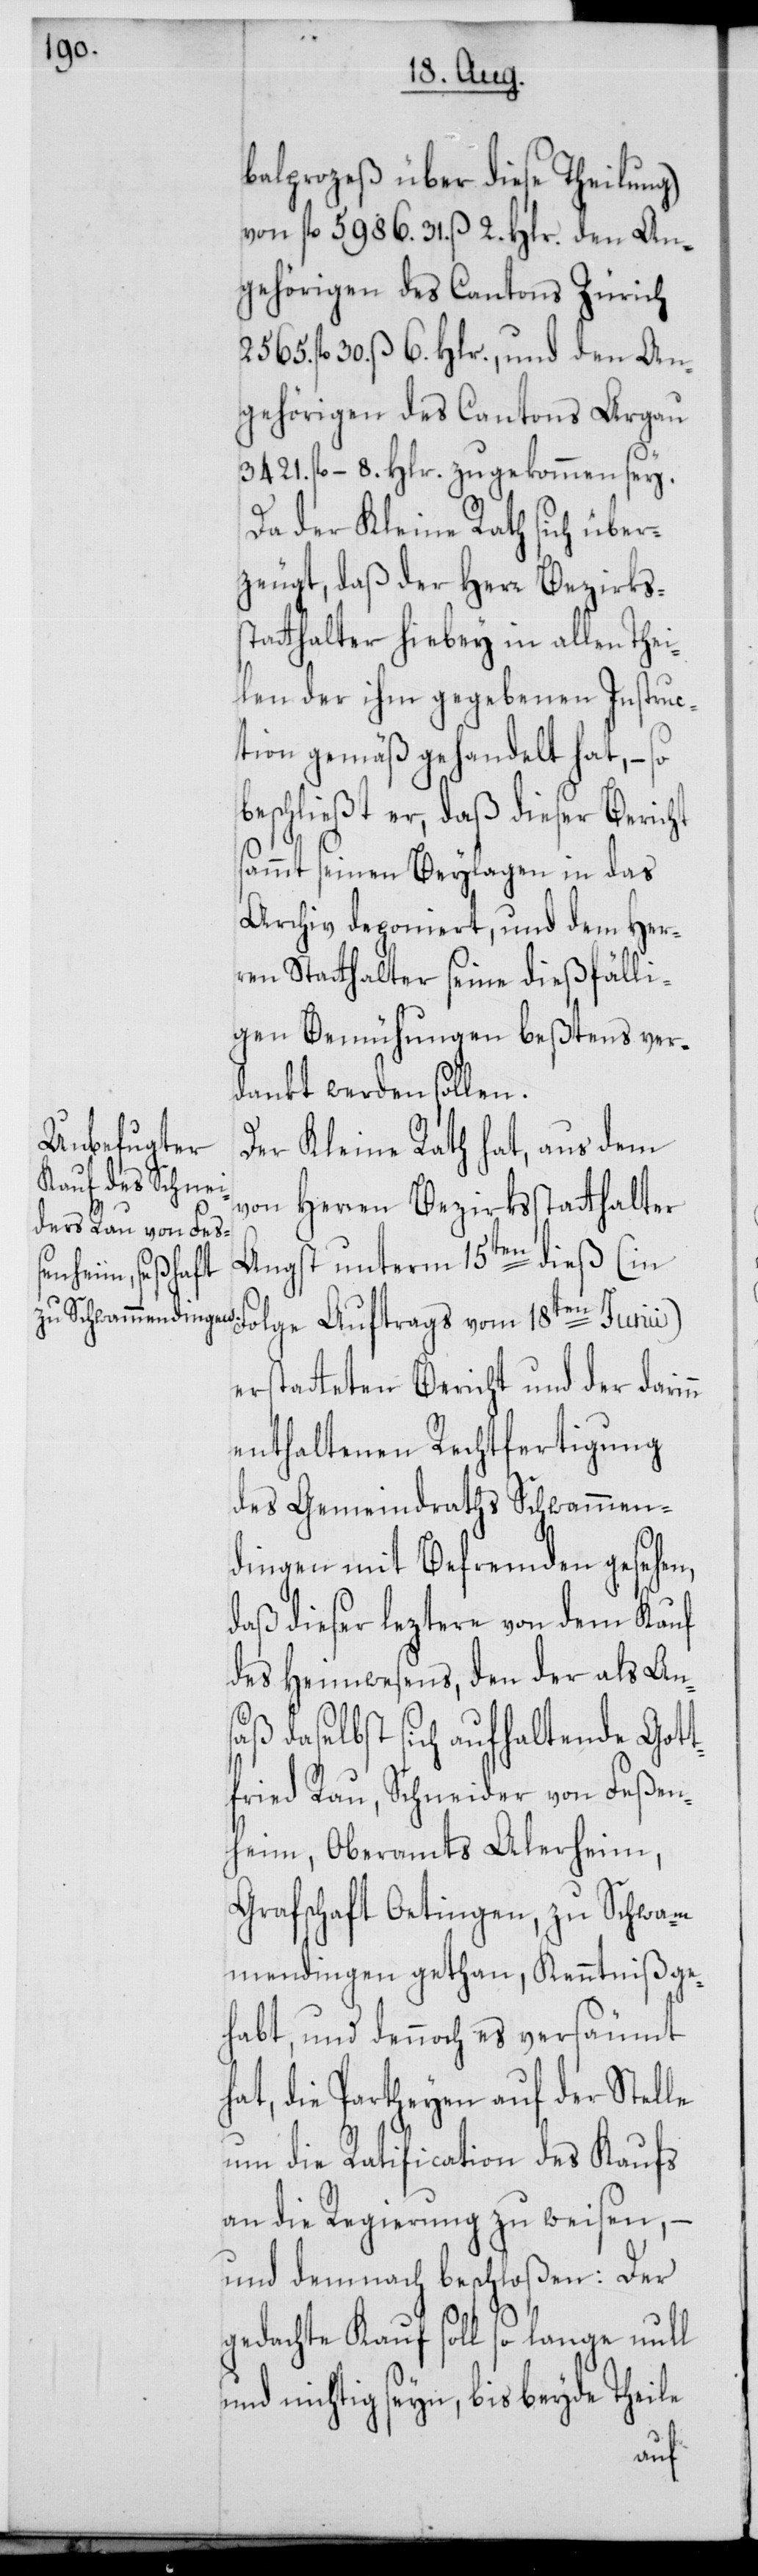
balprozeß über diese Theilung)
von fl. 5986. 31. ß 2. Hlr. den An¬
gehörigen des Cantons Zürich
2565. fl. 30. ß 6. Hlr., und den An¬
gehörigen des Cantons Argau
3421. fl. – 8. Hlr. zugekommen sey.
Da der Kleine Rath sich über¬
zeugt, daß der Herr Bezirkss¬
tatthalter hiebey in allen Thei¬
len der ihm gegebenen Instruc¬
tion gemäß gehandelt hat, –
beschließt er, daß dieser Bericht
sammt seinen Beylagen in das
Archiv deponiert, und dem Her¬
ren Statthalter seine dießfälli¬
gen Bemühungen beßtens ver¬
dankt werden sollen.
Der Kleine Rath hat, aus dem
von Herren Bezirksstatthalter
Angst unterm 15ten dieß (in
Folge Auftrags vom 18ten Junii)
erstatteten Bericht und der darinn
enthaltenen Rechtfertigung
des Gemeindraths Schwammen¬
dingen mit Befremden gesehen,
daß dieser leztere von dem Kauf
des Heimwesens, den der als Ans¬
äß daselbst sich aufhaltende Gott¬
fried Rau, Schneider von Feßen¬
heim, Oberamts Alerheim,
Grafschaft Oetingen, zu Schwam¬
mdendingen gethan, Kenntniß ge¬
habt, und dennoch es versäumt
hat, die Partheyen auf der Stelle
um die Ratification des Kaufs
an die Regierung zu weisen, –
und demnach beschloßen: Der
gedachte Kauf soll so lange null
und nichtig seyn, bis beyde Theile